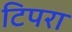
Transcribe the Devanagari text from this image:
टिपरा